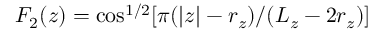
F _ { 2 } ( z ) = \cos ^ { 1 / 2 } [ \pi ( | z | - r _ { z } ) / ( L _ { z } - 2 r _ { z } ) ]